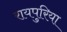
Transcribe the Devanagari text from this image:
रायपुरिया